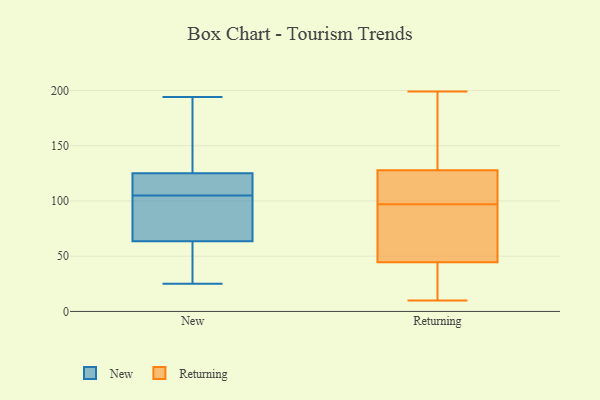
{"axis": {"x": "Backlog", "y": "Value"}, "legend": ["New", "Returning"], "data": [{"x": "", "y": 105, "type": "New"}, {"x": "", "y": 58, "type": "New"}, {"x": "", "y": 115, "type": "New"}, {"x": "", "y": 98, "type": "New"}, {"x": "", "y": 64, "type": "New"}, {"x": "", "y": 117, "type": "New"}, {"x": "", "y": 78, "type": "New"}, {"x": "", "y": 194, "type": "New"}, {"x": "", "y": 149, "type": "New"}, {"x": "", "y": 62, "type": "New"}, {"x": "", "y": 110, "type": "New"}, {"x": "", "y": 25, "type": "New"}, {"x": "", "y": 183, "type": "New"}, {"x": "", "y": 118, "type": "Returning"}, {"x": "", "y": 10, "type": "Returning"}, {"x": "", "y": 103, "type": "Returning"}, {"x": "", "y": 41, "type": "Returning"}, {"x": "", "y": 146, "type": "Returning"}, {"x": "", "y": 94, "type": "Returning"}, {"x": "", "y": 97, "type": "Returning"}, {"x": "", "y": 140, "type": "Returning"}, {"x": "", "y": 39, "type": "Returning"}, {"x": "", "y": 23, "type": "Returning"}, {"x": "", "y": 130, "type": "Returning"}, {"x": "", "y": 74, "type": "Returning"}, {"x": "", "y": 199, "type": "Returning"}, {"x": "", "y": 55, "type": "Returning"}, {"x": "", "y": 121, "type": "Returning"}]}